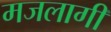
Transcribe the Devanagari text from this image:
मजलागीं